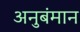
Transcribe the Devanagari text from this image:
अनुबंमान